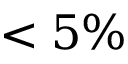
< 5 \%